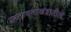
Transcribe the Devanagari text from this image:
प्रस्तावनाखंडातील